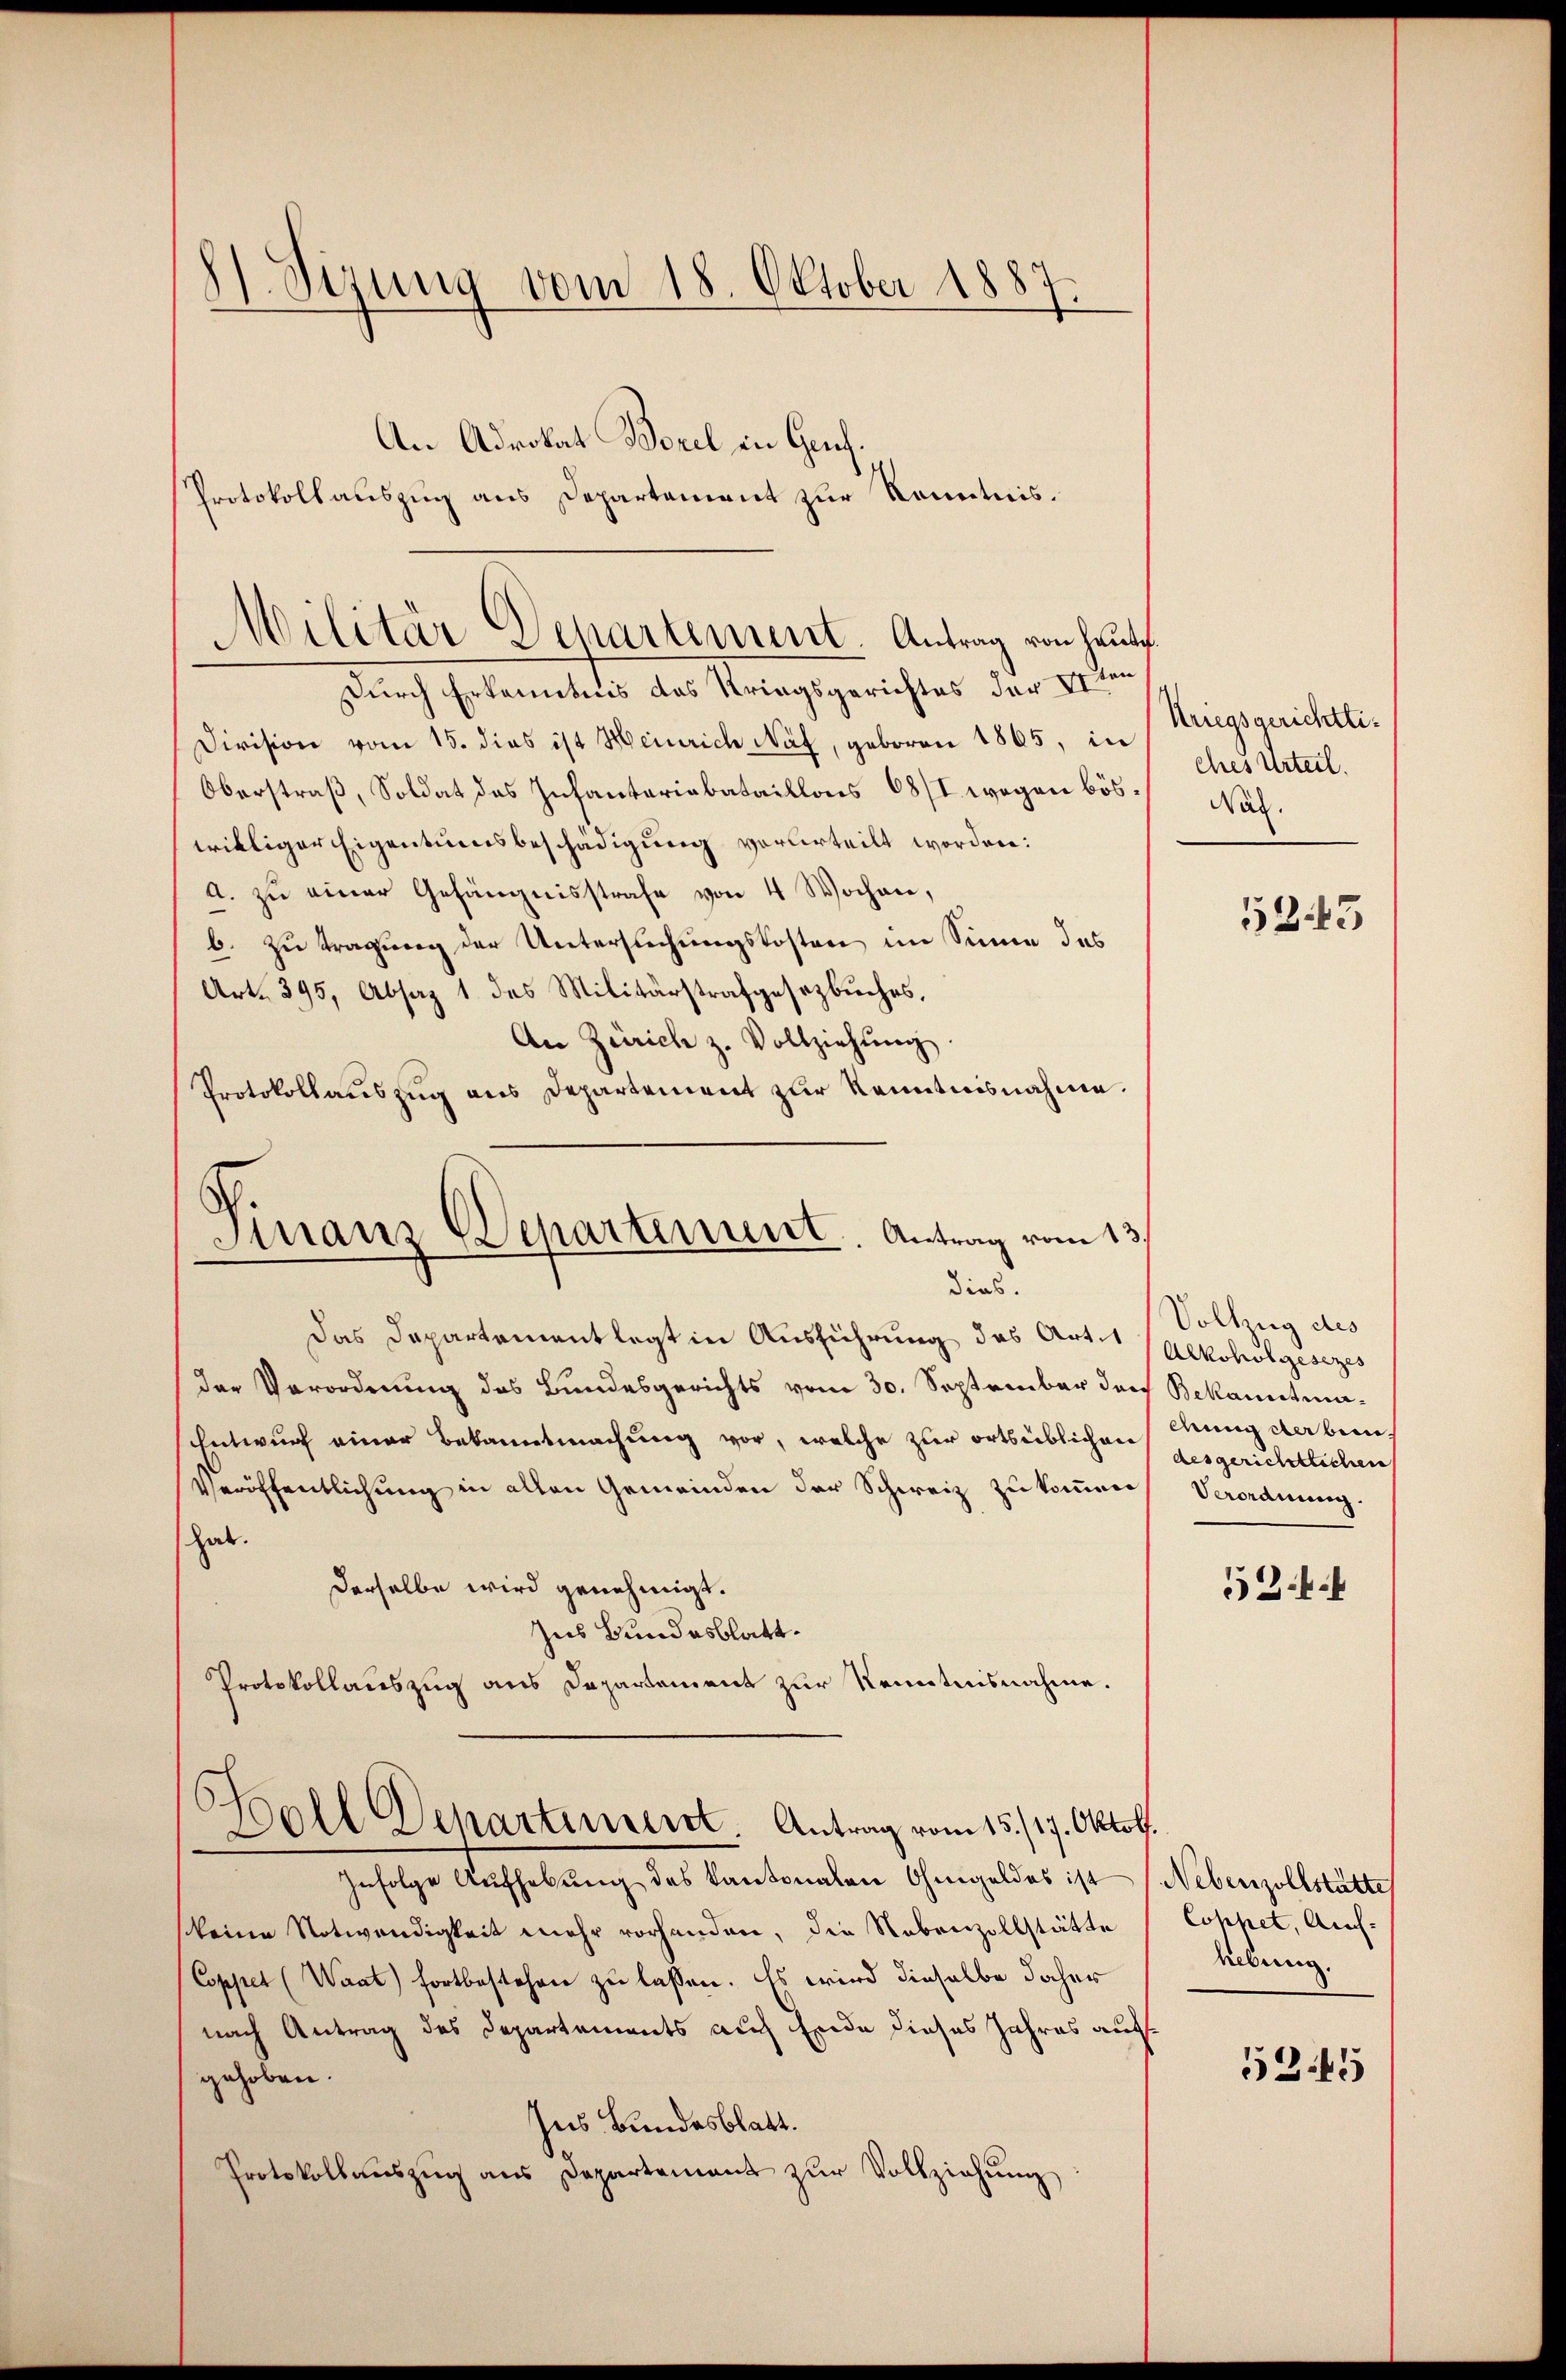
8 Sizung vom 18. Oktober 1887

An Adrokat Borel in Genf.
Protokollauszug aus Departement zur Kenntnis.
Durch Erkenntnis das Kriegsgerichtes der 1sten,
Division vom 15. dies ist Heinrich Näf, geboren 1865, in
Oberstraß, Soldat des Infantariabataillons 68/I wegen böswilliger Eigentumsbeschädigung verurteilt worden:
a. zu einer Gefängnisstrafe von 4 Wochen,
b. zu tragung der Untersuchungskosten im Sinne das
Art. 395, Absaz 1 des Militärstrafgesezbŭches,
An Zürich z. Vollziehŭng.
Protokollaŭszŭg ans Departement zur Kenntnisnahme.

Militär Departement. Antrag von heute.

Finanz Departement. Antrag vom 13.
dies

h
Woll Departinient Antrag vom 15./17. Oktob.

Das Departementlegt in Ausführung des Art. (Alkoholgesezes
der Verordnung des Bundesgerichts vom 30. September den Bekanntma¬
Entwurf einer Bekanntmachung vor, welche zur ortsüblichen
Veröffentlichung in allen Gemeinden der Schweiz zu kommen
hab.
derselbe wird genehmigt.
Ins Bundesblatt.
Protokollauszug aus Departement zur Kenntnisnahme.

Infolge Aŭfhebŭng des Kantonalen Ohmgeldes ist (Nebenzollstätte
keine Notwendigkeit mehr vorhanden, die Nebenzollstätte
Coppet (Waat) fortbestehen zu lassen. Es wird dieselbe daher
nach Antrag des Departements auch Ende dieses Jahres aufgehoben.
Ins Bundesblatt.
Protokollaŭszŭg aŭs Departement zŭr Vollziehŭng:

Kriegsgerichtti.
ches Urteil.
Nat.

523

Volhug des
dung der bein
desgerichtlichen
Verordnung.

524.

Cophet, Auf-
hebung.

5245